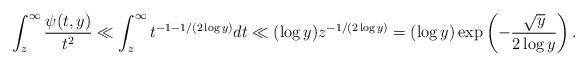
LaTeX: \begin{align*}\int_{z}^{\infty}\frac{\psi(t,y)}{t^{2}}\ll \int_{z}^{\infty}t^{-1-1/(2\log y)}dt\ll (\log y) z^{-1/(2\log y)}=(\log y)\exp\left(-\frac{\sqrt{y}}{2\log y}\right).\end{align*}